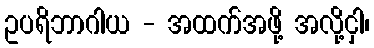
ဥပရိဘာဂါယ - အထက်အဖို့ အလို့ငှါ၊